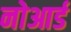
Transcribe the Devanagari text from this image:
नोआर्ड